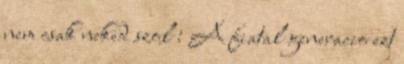
nem csak neked szol : A fiatal generacio ezt